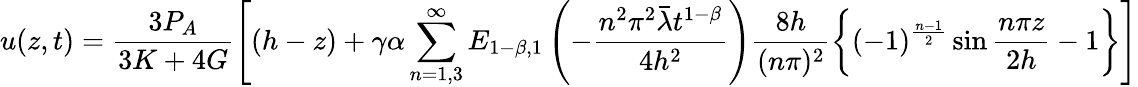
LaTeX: u(z,t)=\frac{3P_{A}}{3K+4G}\Bigg[(h-z)+\gamma\alpha\sum_{n=1,3}^{\infty}E_{1-\beta,1}\left(-{\frac{n^{2}\pi^{2}\bar{\lambda}t^{1-\beta}}{4h^{2}}}\right)\frac{8h}{(n\pi)^{2}}\bigg\{ (-1)^{\frac{n-1}{2}}\sin\frac{n\pi z}{2h}-1\bigg\} \Bigg]